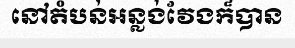
នៅតំបន់អន្លង់វែងក៏បាន